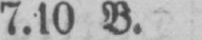
7.10 B.